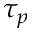
\tau _ { p }